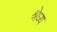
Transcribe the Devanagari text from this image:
श्रेध्य